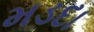
મડદા